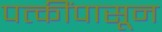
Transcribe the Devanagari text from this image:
पत्कींपासून